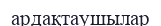
ардақтаушылар